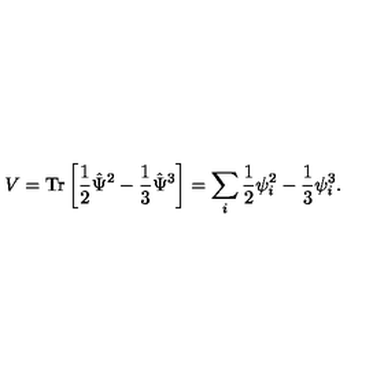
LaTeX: V = \mathrm { T r } \left[ \frac { 1 } { 2 } \hat { \Psi } ^ { 2 } - \frac { 1 } { 3 } \hat { \Psi } ^ { 3 } \right] = \sum _ { i } \frac { 1 } { 2 } \psi _ { i } ^ { 2 } - \frac { 1 } { 3 } \psi _ { i } ^ { 3 } .